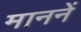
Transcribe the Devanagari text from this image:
माननें